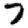
Digit: 7